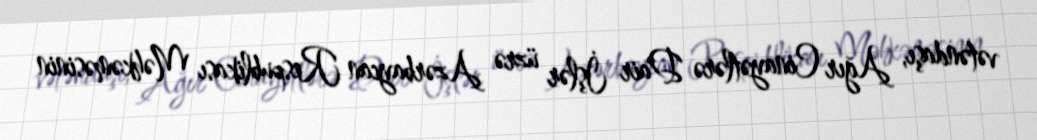
vətəndaşı, Ağır Cinayətlərə Dair İşlər üzrə Azərbaycan Respublikası Məhkəməsinin